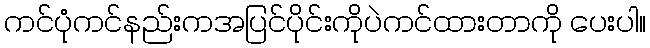
ကင်ပုံကင်နည်းကအပြင်ပိုင်းကိုပဲကင်ထားတာကို ပေးပါ။